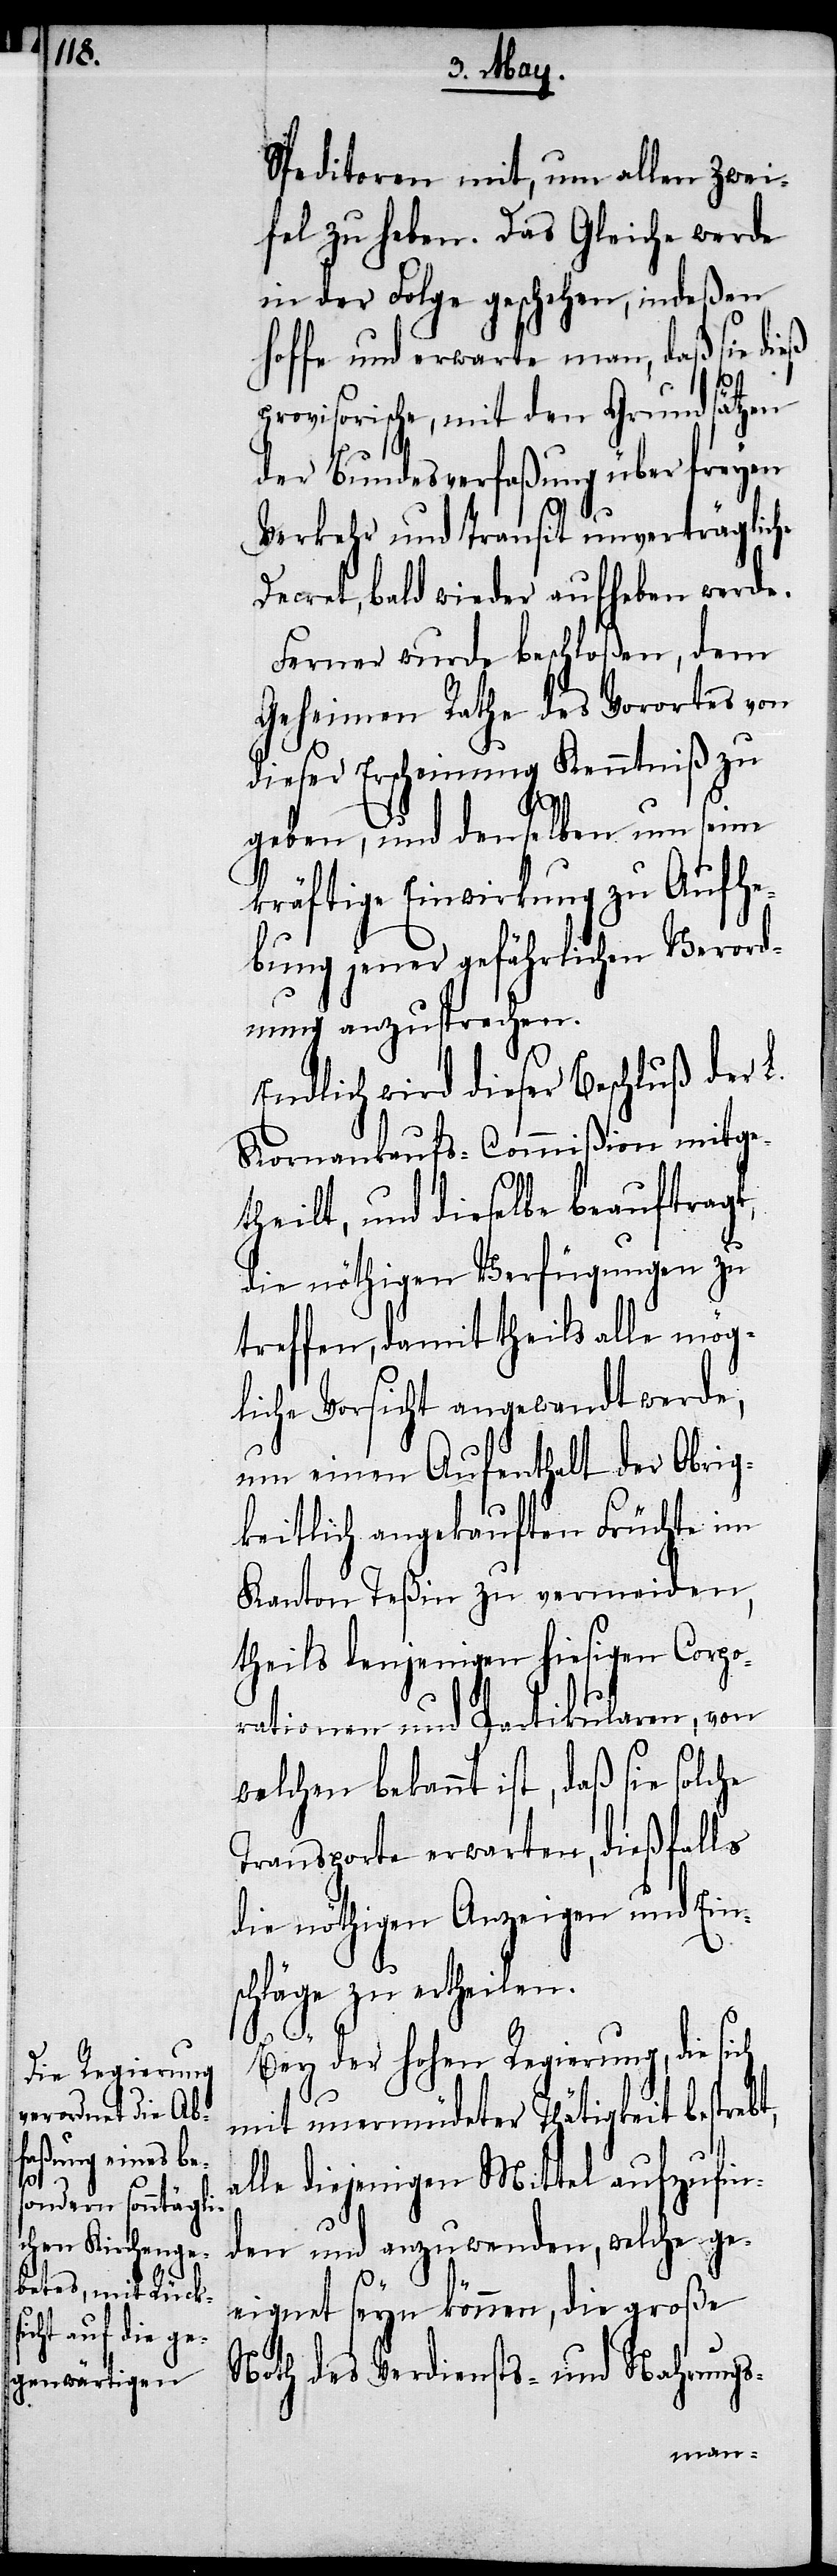
Speditoren mit, um allen Zwei¬
fel zu heben. Das Gleiche werde
in der Folge geschehen, indeßen
hoffe und erwarte man, daß sie dieß
provisorische, mit den Grundsätzen
der Bundesverfaßung über freyen
Verkehr und Transit unverträgliche
Decret, bald wieder aufheben werde.
Ferner wurde beschloßen, dem
Geheimen Rathe des Vorortes von
dieser Erscheinung Kenntniß zu
geben, und derselben um seine
kräftige Einwirkung zu Aufhe¬
bung jener gefährlichen Verord¬
nung anzusprechen.
Endlich wird dieser Beschluß der L.
Kornverkaufs-Commißion mitge¬
theilt, und dieselbe beauftragt,
die nöthigen Verfügungen zu
treffen, damit theils alle mög¬
liche Vorsicht angewandt werde,
um einen Aufenthalt der Obrig¬
keitlich angekauften Früchte im
Kanton Teßin zu vermeiden,
theils denjenigen hiesigen Corpo¬
rationen und Partikularen, von
welchen bekannt ist, daß sie solche
Transporte erwarten, dießfalls
die nöthigen Anzeigen und Ein¬
schläge zu ertheilen.
Bey der hohen Regierung, die sich
mit unermüdeter Thätigkeit bestrebt,
alle diejenigen Mittel aufzufin¬
den und anzuwenden, welche ge¬
eignet seyn können, die große
Noth des Verdiensts- und Nahrungs-